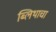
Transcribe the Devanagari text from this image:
ब्लिथाचा